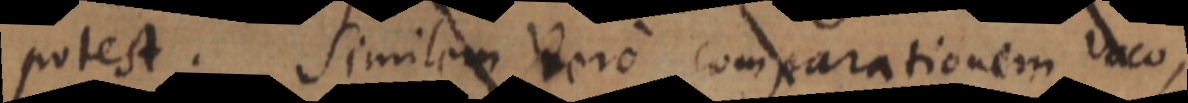
potest. Similem vero comparationem voco,